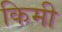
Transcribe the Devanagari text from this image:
किमी